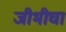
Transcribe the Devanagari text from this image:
जीभीचा